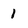
Character: 1